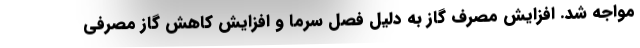
مواجه شد. افزایش مصرف گاز به دلیل فصل سرما و افزایش کاهش گاز مصرفی